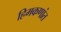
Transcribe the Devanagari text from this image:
हिमकणांत